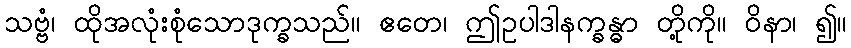
သဗ္ဗံ၊ ထိုအလုံးစုံသောဒုက္ခသည်။ ဧတေ၊ ဤဥပါဒါနက္ခန္ဓာ တို့ကို။ ဝိနာ၊ ၍။